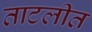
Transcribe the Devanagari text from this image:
ताटलीत